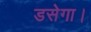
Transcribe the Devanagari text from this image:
डसेगा।